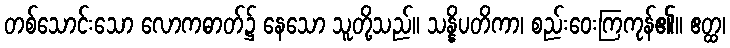
တစ်သောင်းသော လောကဓာတ်၌ နေသော သူတို့သည်။ သန္နိပတိကာ၊ စည်းဝေးကြကုန်၏။ ဧတ္ထ၊